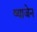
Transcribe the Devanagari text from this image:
व्याजेन